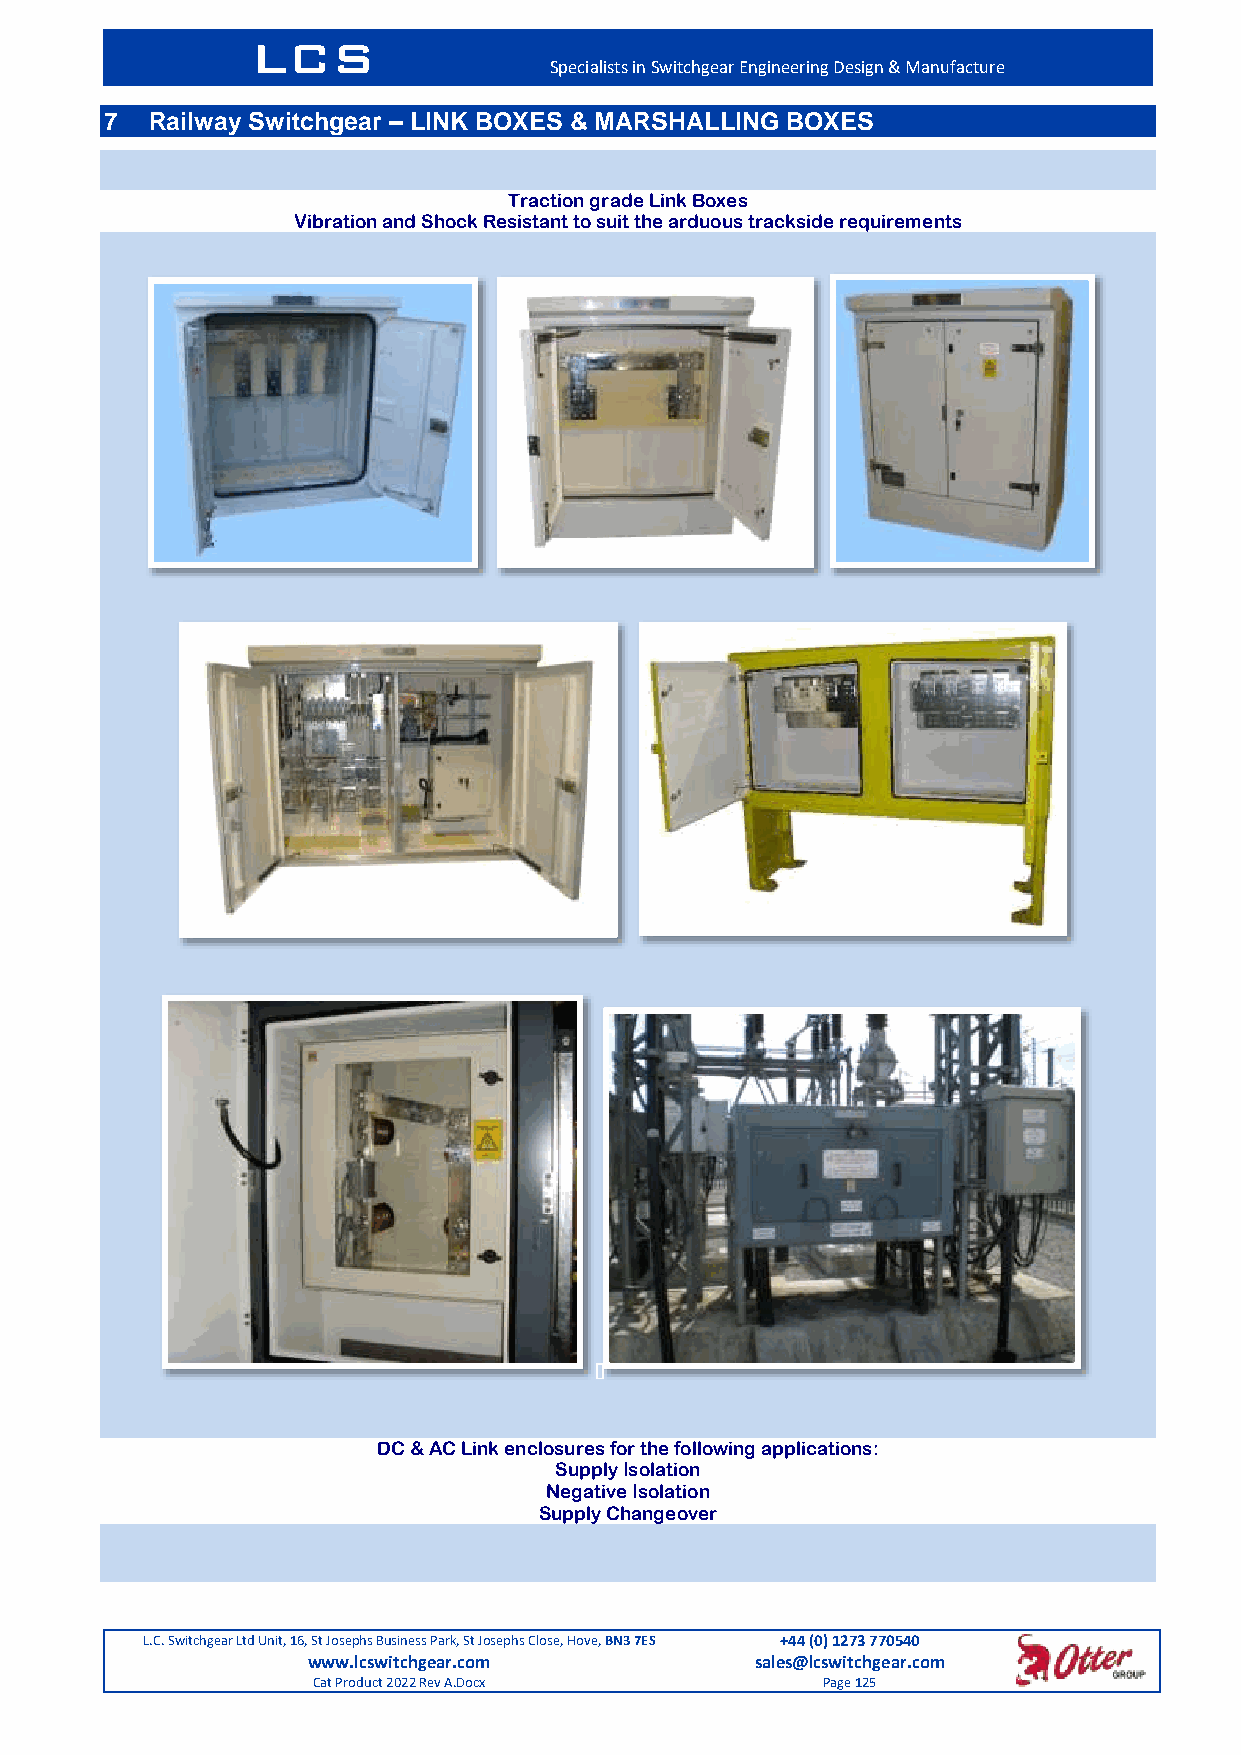
LCS
 Specialists in Switchgear Engineering Design & Manufacture
 7  Railway Switchgear – LINK BOXES & MARSHALLING BOXES
 Traction grade Link Boxes
 Vibration and Shock Resistant to suit the arduous trackside requirements
 DC & AC Link enclosures for the following applications:
 Supply Isolation
 Negative Isolation
 Supply Changeover
 L.C. Switchgear Ltd Unit, 16, St Josephs Business Park, St Josephs Close, Hove, BN3 7ES +44 (0) 1273 770540
 www.lcswitchgear.com          sales@lcswitchgear.com
 Cat Product 2022 Rev A.Docx      Page 125